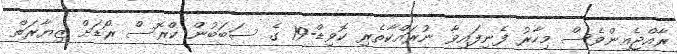
ރާއްޖެއިންވެސް މިހާރު ފެނިފައިވާ ނުރައްކާތެރި ކޮވިޑް-19 ގެ ސަބަބުން ކްރޮސް ރޯޑަށް ޒިޔާރަތް